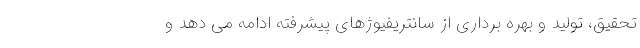
تحقیق، تولید و بهره برداری از سانتریفیوژهای پیشرفته ادامه می دهد و